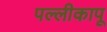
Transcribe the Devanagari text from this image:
पल्लीकापू